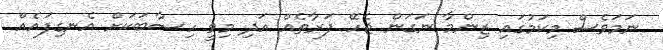
ނަމަވެސް މިކަމުގައި ޒިންމާ ނަގަން ޖެހޭ ފަރާތެއް އަދި މިވީ ހިސާބަކަށް އެނގިފައެއް